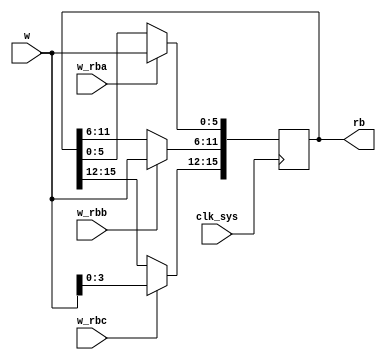
// This program was cloned from: https://github.com/jakubfi/mera400f
// License: GNU General Public License v2.0

// Binary load register (RB)

module rb(
	input clk_sys,
	input [10:15] w,
	input w_rba,
	input w_rbb,
	input w_rbc,
	output reg [0:15] rb
);

	always @ (posedge clk_sys) begin
		if (w_rbc) rb[0:3] <= w[12:15];
		if (w_rbb) rb[4:9] <= w[10:15];
		if (w_rba) rb[10:15] <= w[10:15];
	end

endmodule

// vim: tabstop=2 shiftwidth=2 autoindent noexpandtab